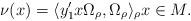
LaTeX: \begin{align*}\nu(x)= \langle y_1'x \Omega_{\rho}, \Omega_{\rho} \rangle_{\rho} x \in M.\end{align*}